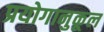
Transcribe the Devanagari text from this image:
प्रयोगानुकूल